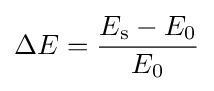
\Delta E={\frac {E_{\mathrm {s} }-E_{0}}{E_{0}}}